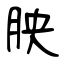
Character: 胦